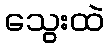
သွေးထဲ